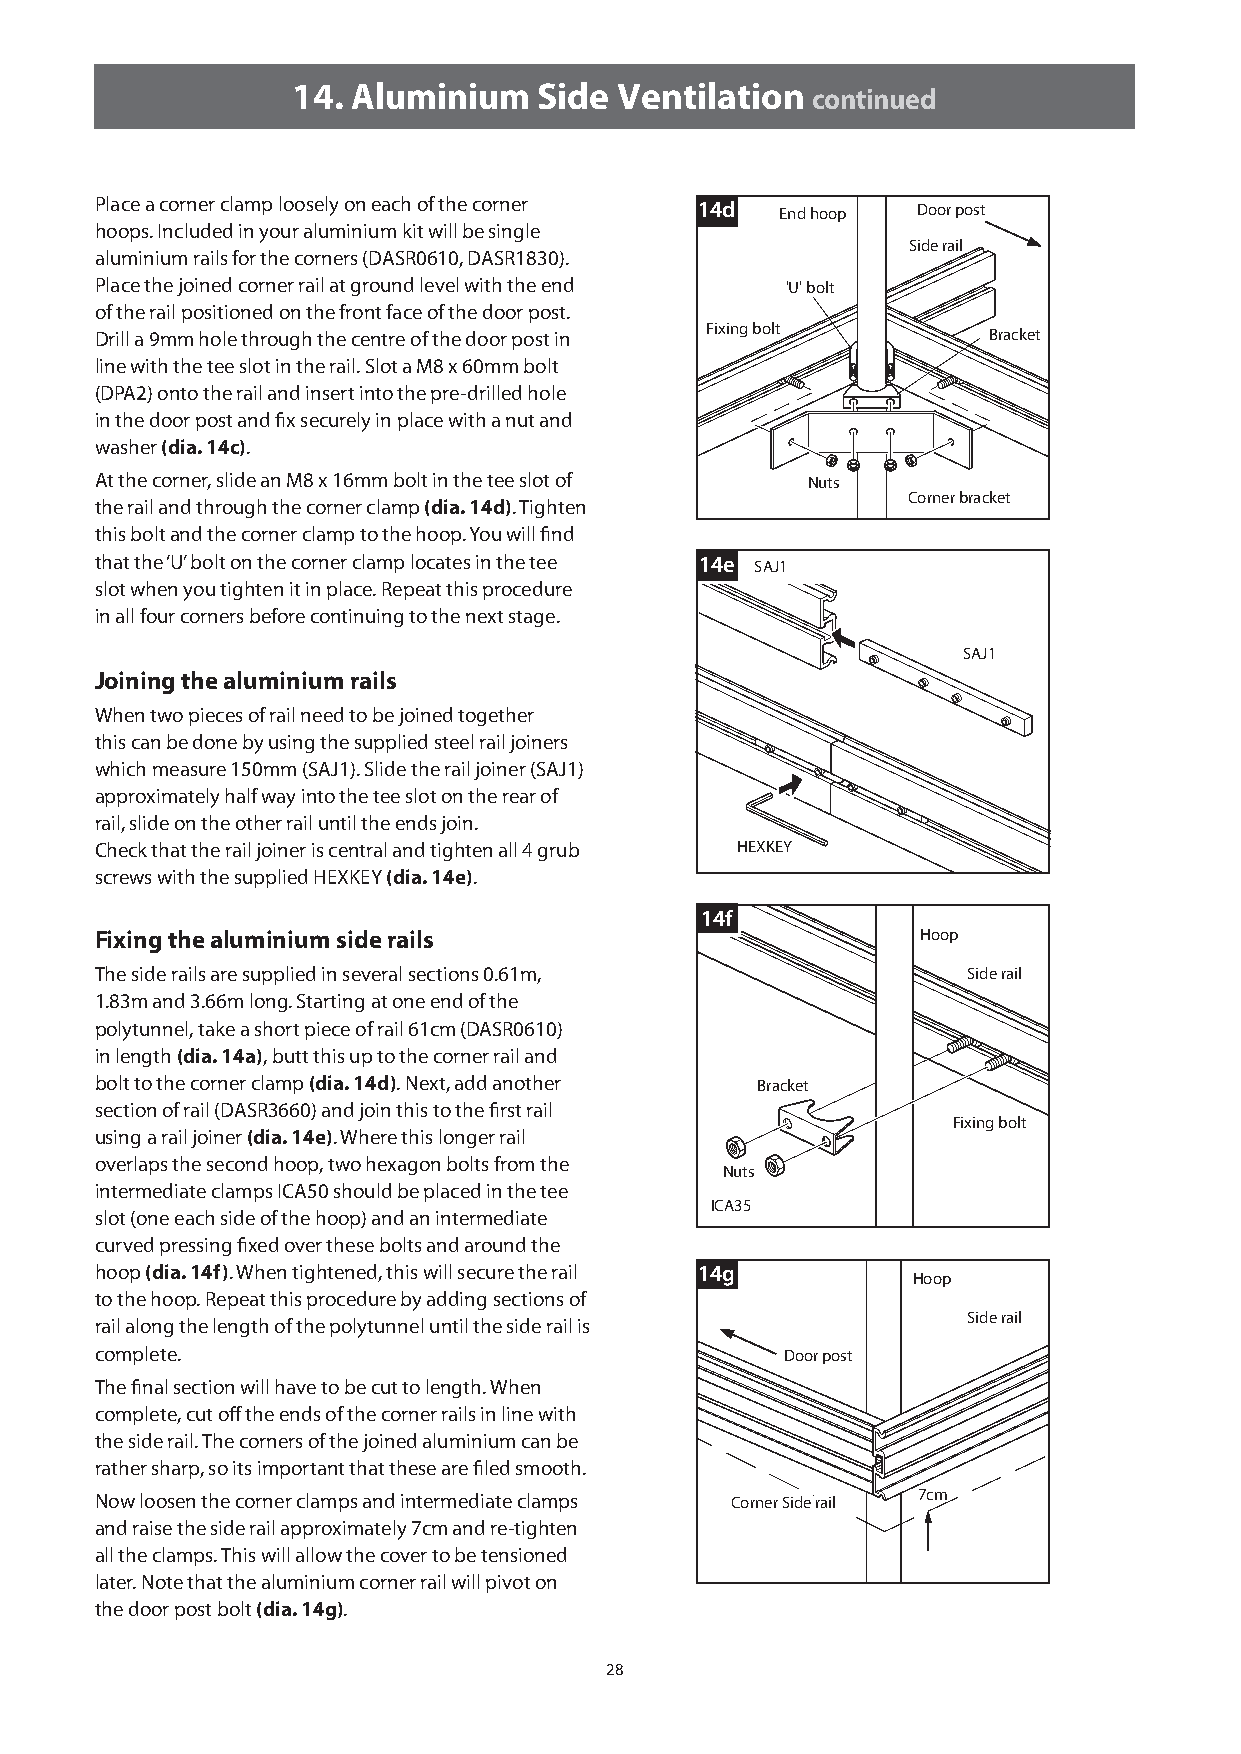
14. Aluminium    Side Ventilation  continued
 Place a corner clamp loosely on each of the corner 14d End hoop Door post
 hoops. Included in your aluminium kit will be single
 Side rail
 aluminium rails for the corners (DASR0610, DASR1830).
 Place the joined corner rail at ground level with the end 'U' bolt
 of the rail positioned on the front face of the door post.
 Fixing bolt
 Drill a 9mm hole through the centre of the door post in    Bracket
 line with the tee slot in the rail. Slot a M8 x 60mm bolt
 (DPA2) onto the rail and insert into the pre-drilled hole
 in the door post and fix securely in place with a nut and
 washer (dia. 14c).
 At the corner, slide an M8 x 16mm bolt in the tee slot of Nuts
 Corner bracket
 the rail and through the corner clamp (dia. 14d). Tighten
 this bolt and the corner clamp to the hoop. You will find
 that the ‘U’ bolt on the corner clamp locates in the tee 14e SAJ1
 slot when you tighten it in place. Repeat this procedure
 in all four corners before continuing to the next stage.
 SAJ1
 Joining the aluminium rails
 When two pieces of rail need to be joined together
 this can be done by using the supplied steel rail joiners
 which measure 150mm (SAJ1). Slide the rail joiner (SAJ1)
 approximately half way into the tee slot on the rear of
 rail, slide on the other rail until the ends join.
 Check that the rail joiner is central and tighten all 4 grub HEXKEY
 screws with the supplied HEXKEY (dia. 14e).
 14f
 Fixing the aluminium side rails                        Hoop
 The side rails are supplied in several sections 0.61m,    Side rail
 1.83m and 3.66m long. Starting at one end of the
 polytunnel, take a short piece of rail 61cm (DASR0610)
 in length (dia. 14a), butt this up to the corner rail and
 bolt to the corner clamp (dia. 14d). Next, add another Bracket
 section of rail (DASR3660) and join this to the first rail
 Fixing bolt
 using a rail joiner (dia. 14e). Where this longer rail
 overlaps the second hoop, two hexagon bolts from the
 Nuts
 intermediate clamps ICA50 should be placed in the tee
 ICA35
 slot (one each side of the hoop) and an intermediate
 curved pressing fixed over these bolts and around the
 hoop (dia. 14f). When tightened, this will secure the rail 14g
 Hoop
 to the hoop. Repeat this procedure by adding sections of
 Side rail
 rail along the length of the polytunnel until the side rail is
 complete.                                     Door post
 The final section will have to be cut to length. When
 complete, cut off the ends of the corner rails in line with
 the side rail. The corners of the joined aluminium can be
 rather sharp, so its important that these are filed smooth.
 Now loosen the corner clamps and intermediate clamps Corner Side rail 7cm
 and raise the side rail approximately 7cm and re-tighten
 all the clamps. This will allow the cover to be tensioned
 later. Note that the aluminium corner rail will pivot on
 the door post bolt (dia. 14g).
 28